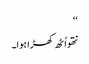
‘‘
نتھو اُٹھ کھڑا ہوا۔